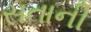
સતાની